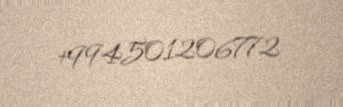
+994501206772